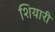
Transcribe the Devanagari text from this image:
शियारी